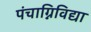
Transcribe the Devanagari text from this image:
पंचाग्निविद्या